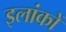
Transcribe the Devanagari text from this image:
इलांकों